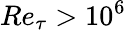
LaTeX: Re_{\tau}>10^{6}